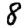
Digit: 8